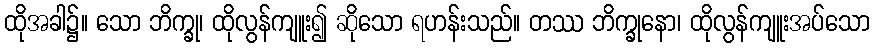
ထိုအခါ၌။ သော ဘိက္ခု၊ ထိုလွန်ကျူး၍ ဆိုသော ရဟန်းသည်။ တဿ ဘိက္ခုနော၊ ထိုလွန်ကျူးအပ်သော